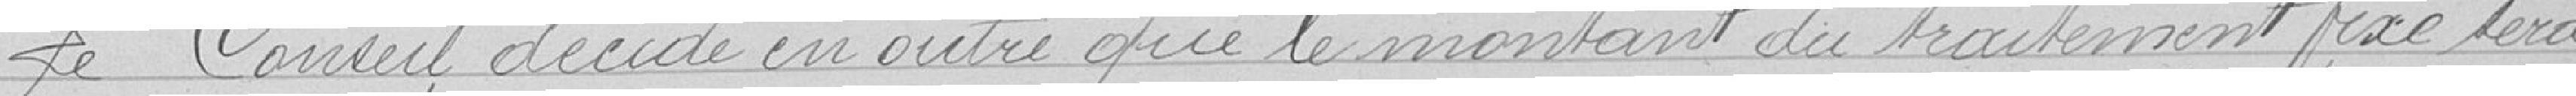
Le Conseil décide en outre que le montant du traitement fixé sera